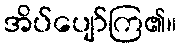
အိပ်ပျော်ကြ၏။